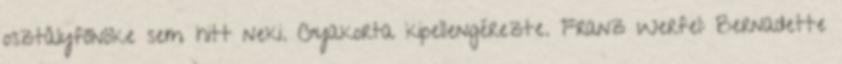
osztályfőnöke sem hitt neki. Gyakorta kipellengérezte. Franz Werfel: Bernadette